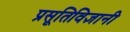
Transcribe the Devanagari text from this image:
प्रसूतिविज्ञानी